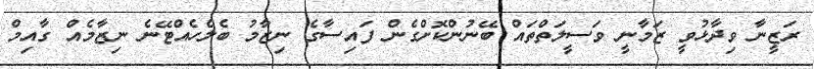
ރަޒީނާ ވިދާޅުވީ ޒަމާނީ ވަސީލަތްތައް ބޭނުންކޮށްގެން ފައިސާގެ ނިޒާމު ބެލެހެއްޓޭނެ ނިޒާމެއް ގާއިމް